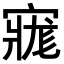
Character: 𡩽